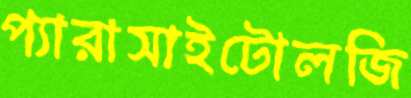
প্যারাসাইটোলজি